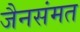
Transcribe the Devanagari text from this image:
जैनसंमत